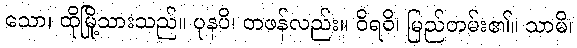
သော၊ ထိုမြို့သားသည်။ ပုနပိ၊ တဖန်လည်း။ ဝိရဝိ၊ မြည်တမ်း၏။ သာမိ၊